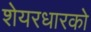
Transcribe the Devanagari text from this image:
शेयरधारको